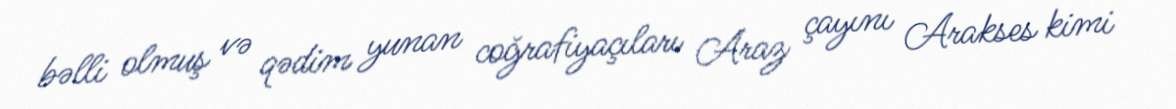
bəlli olmuş və qədim yunan coğrafiyaçıları Araz çayını Arakses kimi